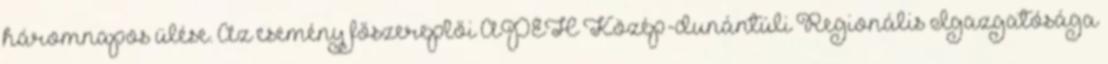
háromnapos ülése. Az esemény főszereplői APEH Közép-dunántúli Regionális Igazgatósága